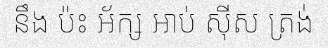
នឹង ប៉ះ អ័ក្ស អាប់ ស៊ីស ត្រង់